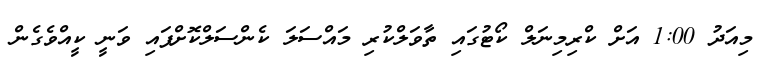
މިއަދު 1:00 އަށް ކްރިމިނަލް ކޯޓުގައި ތާވަލްކުރި މައްސަލަ ކެންސަލްކޮށްފައި ވަނީ ކީއްވެގެން